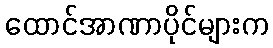
ထောင်အာဏာပိုင်များက